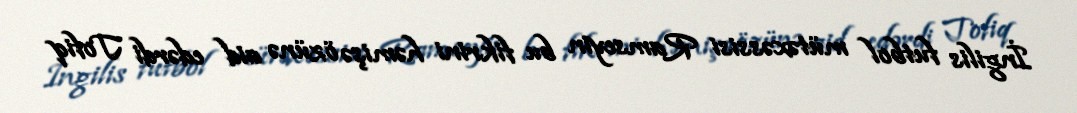
İngilis futbol mütəxəssisi Ramseyin bu fikrini həmişə özünə aid edərdi Tofiq